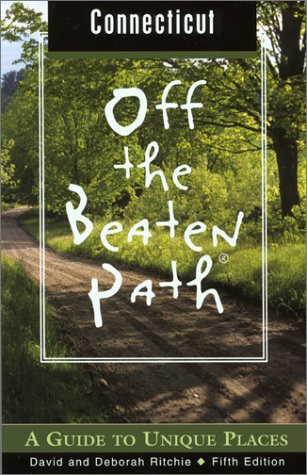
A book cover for Connecticut Off the Beaten Path, 5th: A Guide to Unique Places (Off the Beaten Path Series); David Ritchie; Travel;